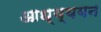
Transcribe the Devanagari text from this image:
आध्य्ययन